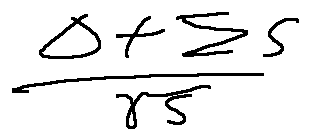
\frac { \Delta + \sum S } { \sqrt { S } }